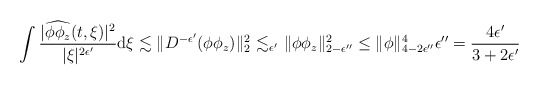
\begin{align*}\int\frac{|\widehat{\phi\phi_z}(t,\xi)|^2}{|\xi|^{2\epsilon'}}\mathrm{d}\xi\lesssim \|D^{-\epsilon'}(\phi\phi_z)\|_2^2\mathop{\,\lesssim_{\epsilon'}\,}_{\mathclap{\substack{\\\\\\}}}\|\phi\phi_z\|_{2-\epsilon''}^2\leq \|\phi\|_{4-2\epsilon''}^4\epsilon''=\frac{4\epsilon'}{3+2\epsilon'}\end{align*}